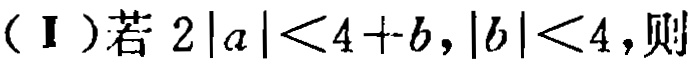
（Ⅰ）若\(2|a|<4 + b,|b|<4\)，则